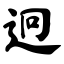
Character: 迥